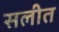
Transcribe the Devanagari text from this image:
सलीत